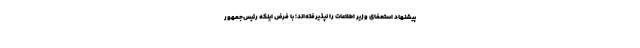
پیشنهاد استعفای وزیر اطلاعات را نپذیرفته‌اند؛ با فرض اینكه رئیس‌جمهور